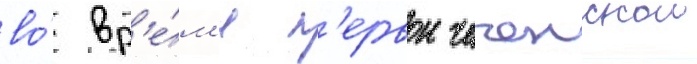
во́ вр'е́м'я п'ервои чеченскои